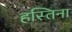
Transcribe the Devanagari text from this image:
हस्तिना